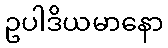
ဥပါဒိယမာနော